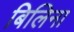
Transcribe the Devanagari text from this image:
बिलिना